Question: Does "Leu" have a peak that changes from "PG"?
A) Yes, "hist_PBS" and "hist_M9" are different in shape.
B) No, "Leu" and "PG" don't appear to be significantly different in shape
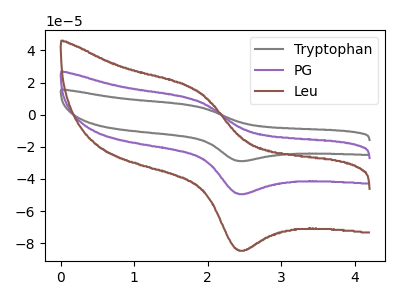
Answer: <think>The gray curve "Tryptophan" has an anodic peak at (1.85V, 17.70uA) and a cathodic peak at (2.40V, -98.30uA). The purple curve "PG" has an anodic peak at (1.85V, 8.85uA) and a cathodic peak at (2.40V, -49.15uA). The brown curve "Leu" has an anodic peak at (1.85V, 15.15uA) and a cathodic peak at (2.40V, -84.15uA).
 All the peaks in "Leu" have a peak in "PG" at the same potential. Every peak in "Leu" is higher than every peak in "PG".</think>
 <answer>B) No, "Leu" and "PG" don't appear to be significantly different in shape</answer>
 <eval>B</eval>